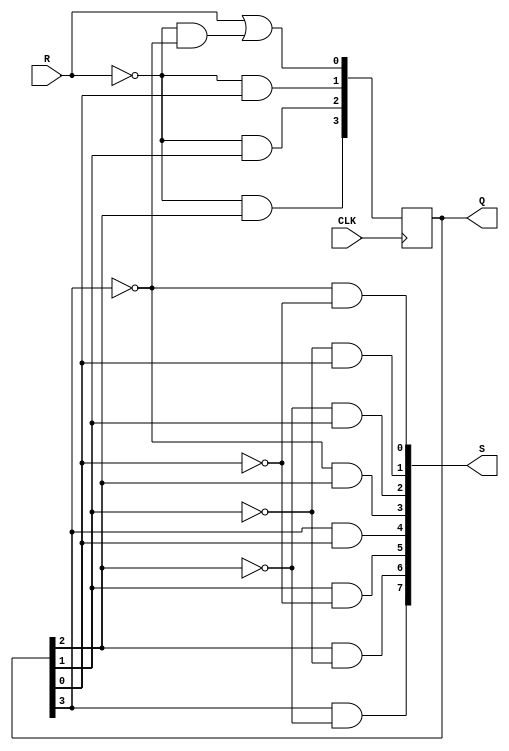
module selfCorrecting_johnson_counter_states(CLK, R, Q, S);
// declarations
input wire CLK, R;
output reg [3:0] Q;
output reg [7:0] S;
reg [3:0] next_Q;

always @ (posedge CLK)
  begin
    Q <= next_Q;
  end

always @ (Q)
  begin
    next_Q[3] = ~R & Q[2];
    next_Q[2] = ~R & Q[1];
    next_Q[1] = ~ R & Q[0];
    next_Q[0] = R | (~R & ~Q[3]);
    S[0] = ~Q[3] & ~Q[0];
    S[1] = ~Q[1] & Q[0];
    S[2] = ~Q[2] & Q[1];
    S[3] = ~Q[3] & Q[2];
    S[4] = Q[3] & Q[0];
    S[5] = Q[1] & ~Q[0];
    S[6] = Q[2] & ~Q[1];
    S[7] = Q[3] & ~Q[2];
  end
endmodule